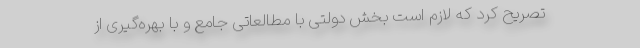
تصریح کرد که لازم است بخش دولتی با مطالعاتی جامع و با بهره‌گیری از